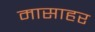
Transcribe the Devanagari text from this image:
मासाहर